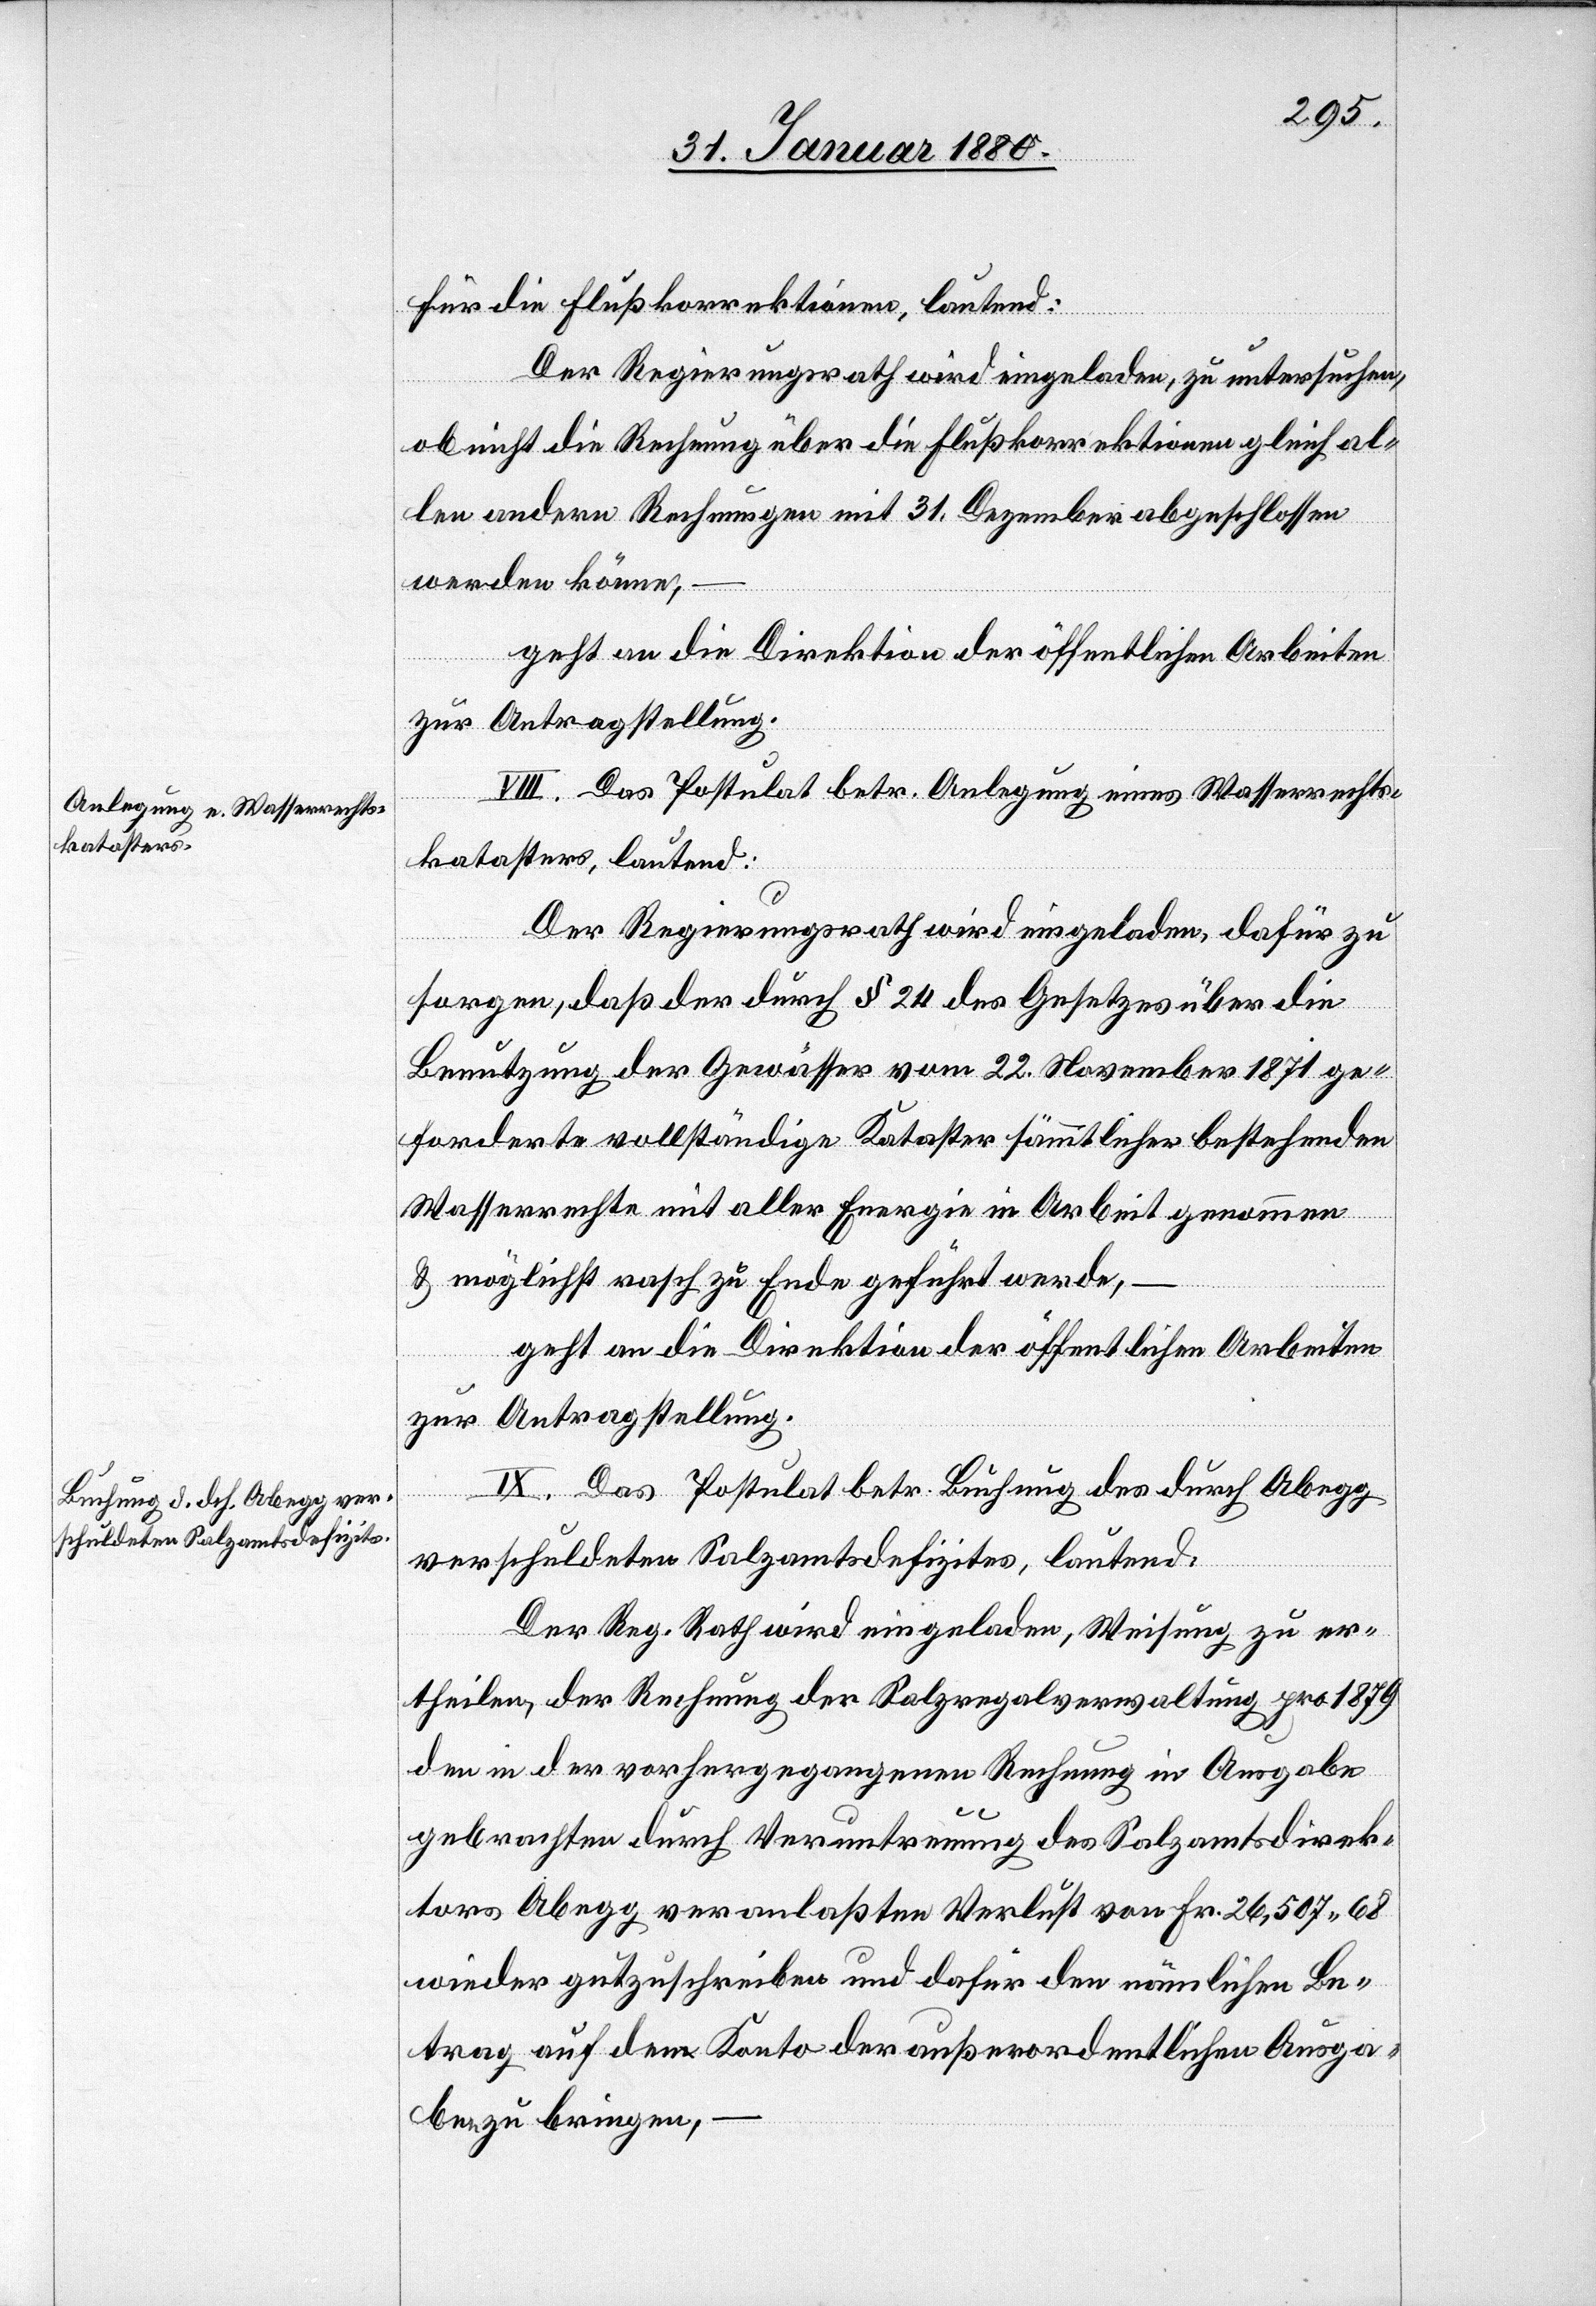
für die Flußkorrektionen, lautend:
Der Regierungsrath wird eingeladen, zu untersuchen,
ob nicht die Rechnung über die Flußkorrektionen gleich al¬
len andern Rechnungen mit 31. Dezember abgeschlossen
werden könne,
geht an die Direktion der öffentlichen Arbeiten
zur Antragstellung.
VIII. Das Postulat betr. Anlegung eines Wasserrechts¬
katasters, lautend:
Der Regierungsrath wird eingeladen, dafür zu
sorgen, daß der durch § 24 des Gesetzes über die
Benutzung der Gewässer vom 22. November 1871 ge¬
forderte vollständige Kataster sämmtlicher bestehenden
Wasserrechte mit aller Energie in Arbeit genommen
& möglichst rasch zu Ende geführt werde,
geht an die Direktion der öffentlichen Arbeiten
zur Antragstellung.
IX. Das Postulat betr. Buchung des durch Abegg
verschuldeten Salzamtsdefizites, lautend:
Der Reg. Rath wird eingeladen, Weisung zu er¬
theilen, der Rechnung der Salzregalverwaltung pro 1879
den in der vorhergegangenen Rechnung in Ausgabe
gebrachten durch Veruntreuung des Salzamtsdirek¬
tors Abegg veranlaßten Verlust von Fr. 26,507 68
wieder gutzuschreiben und dafür den nämlichen Be¬
trag auf dem Konto der außerordentlichen Ausga¬
ben zu bringen,